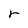
Character: r